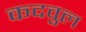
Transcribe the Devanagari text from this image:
कदवुल